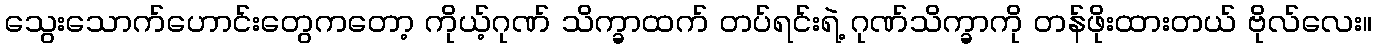
သွေးသောက်ဟောင်းတွေကတော့ ကိုယ့်ဂုဏ် သိက္ခာထက် တပ်ရင်းရဲ့ ဂုဏ်သိက္ခာကို တန်ဖိုးထားတယ် ဗိုလ်လေး။